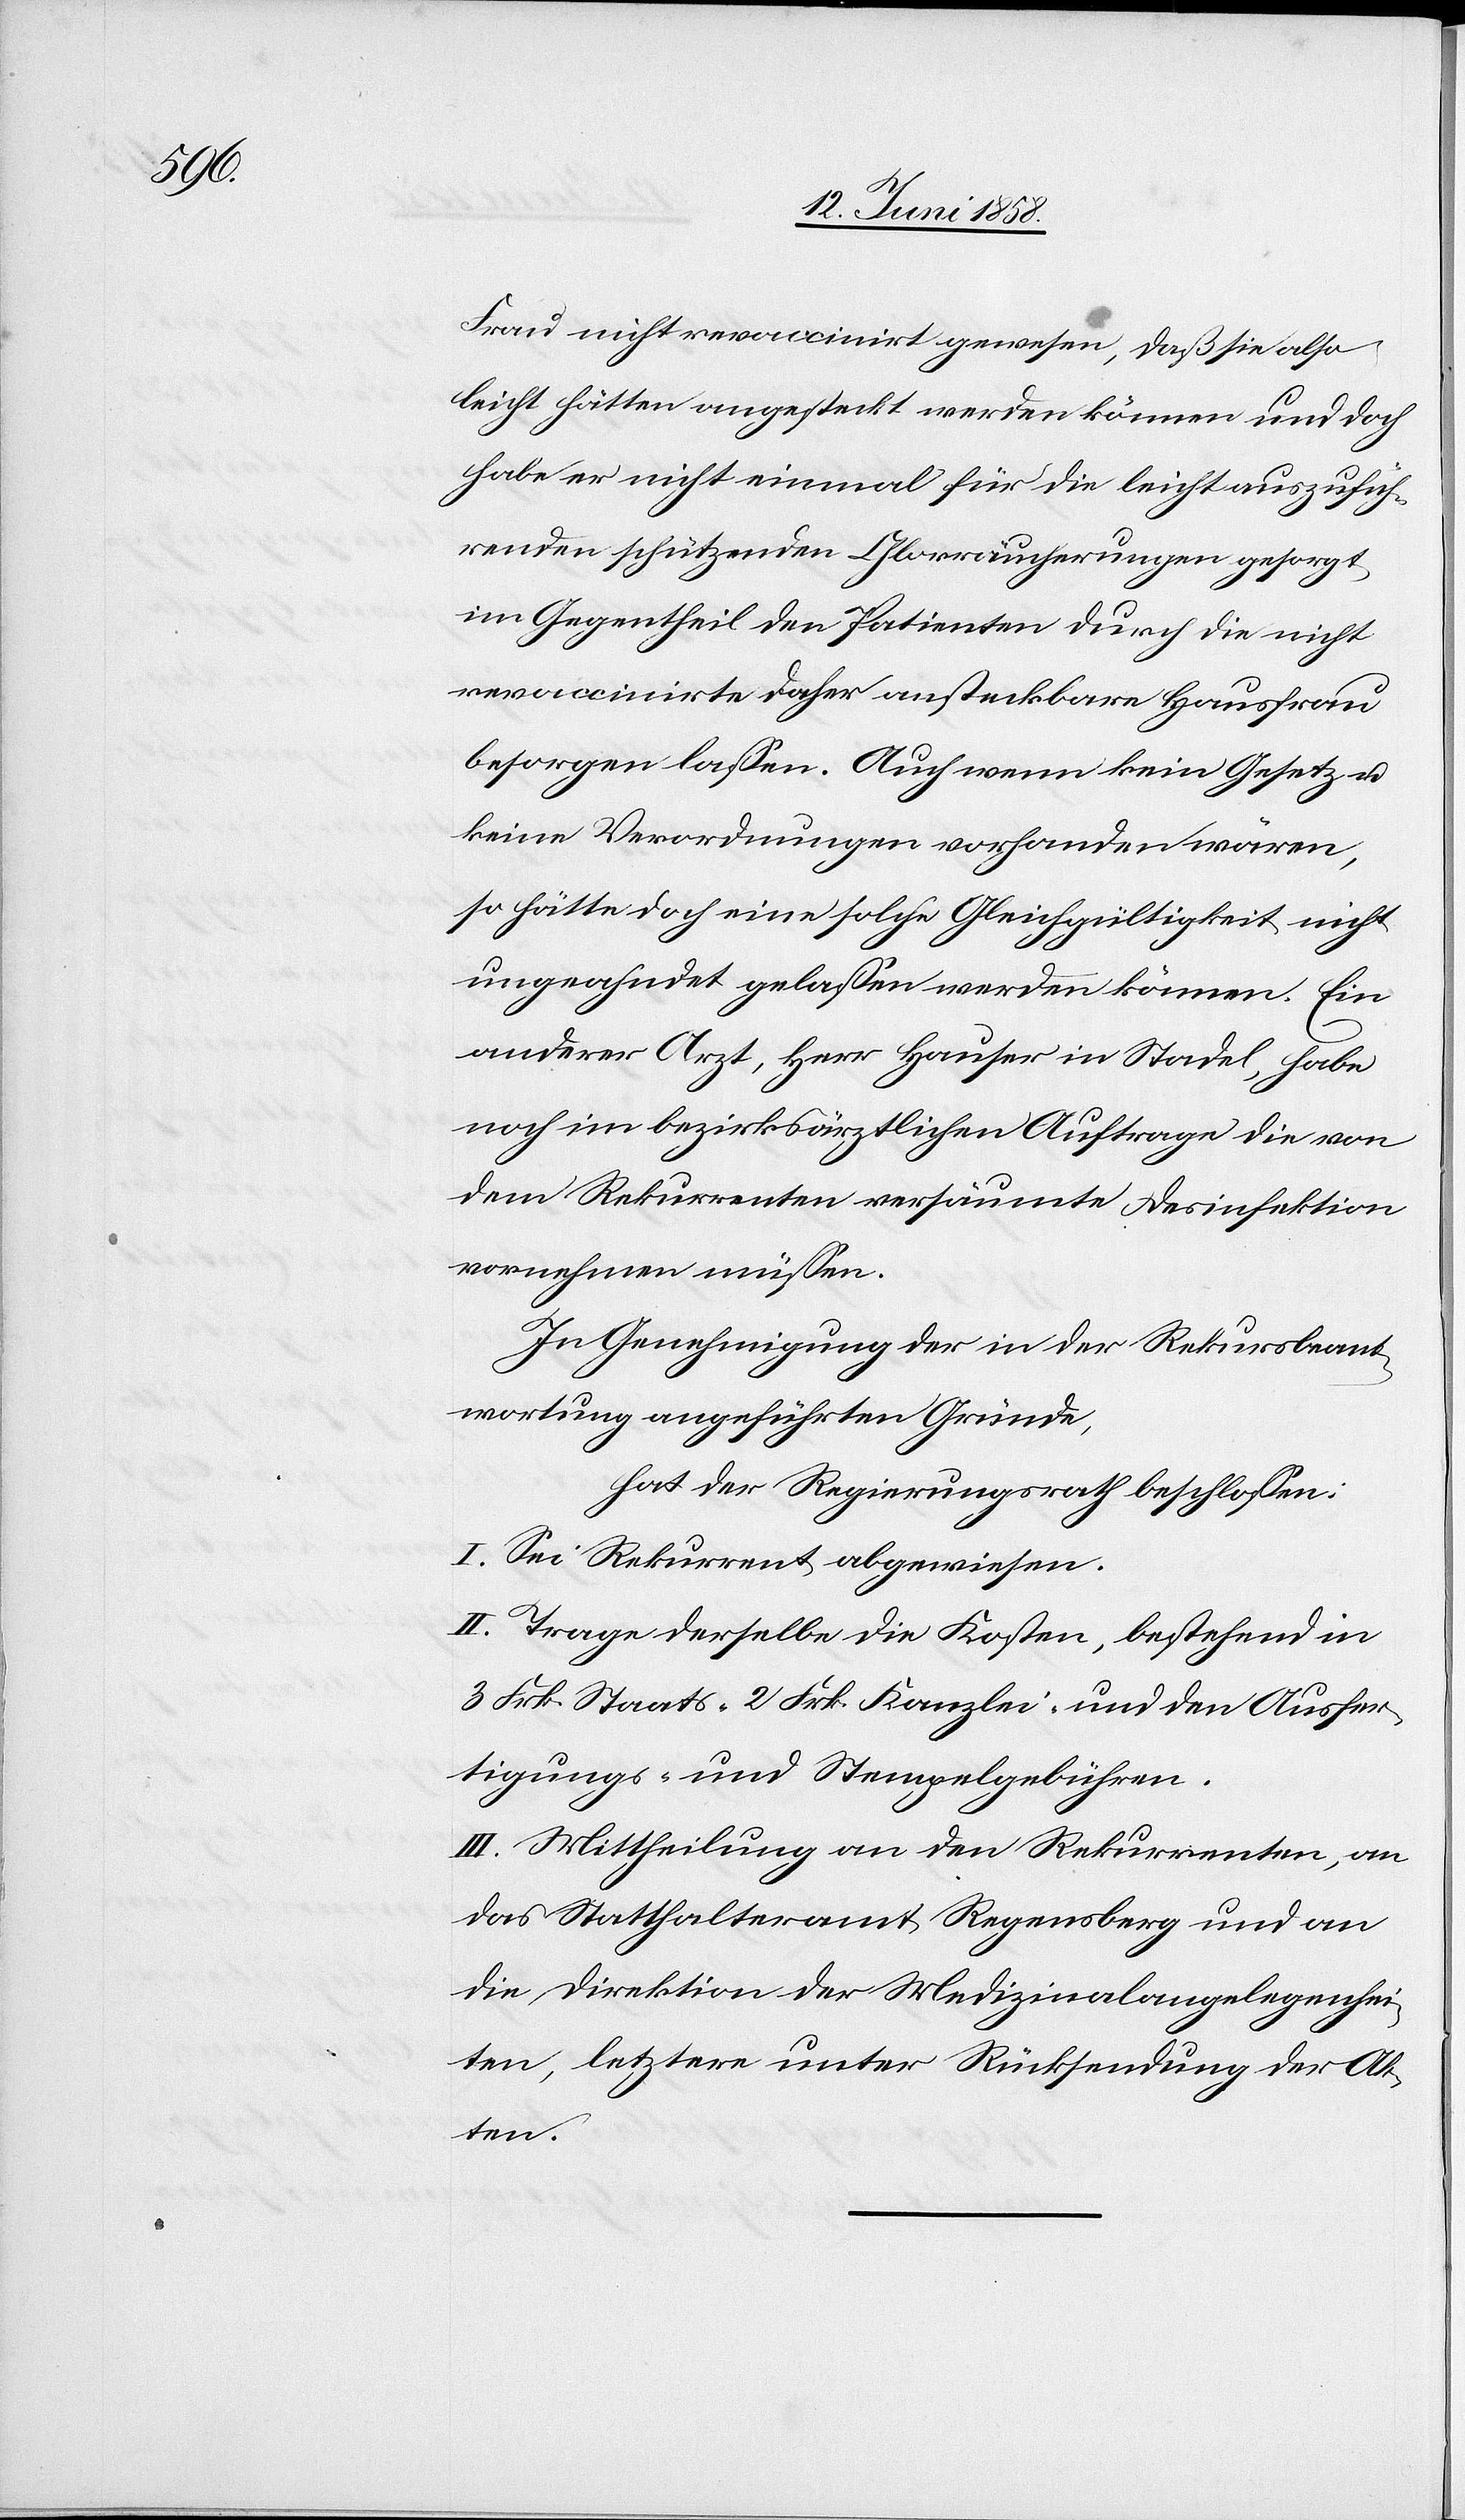
Frau nicht revaccinirt gewesen, daß sie also
leicht hätten angesteckt werden können und doch
habe er nicht einmal für die leicht auszufüh¬
renden schützenden Chlorräucherungen gesorgt,
im Gegentheil den Patienten durch die nicht
revaccinirte daher ansteckbare Hausfrau
besorgen lassen. Auch wenn kein Gesetz u.
keine Verordnungen vorhanden wären,
so hätte doch eine solche Gleichgültigkeit nicht
ungeahndet gelassen werden können. Ein
anderer Arzt, Herr Hauser in Stadel, habe
noch im bezirksärztlichen Auftrage die von
dem Rekurrenten versäumte Desinfektion
vornehmen müssen.
In Genehmigung der in der Rekursbeant¬
wortung angeführten Gründe,
hat der Regierungsrath beschlossen:
I. Sei Rekurrent abgewiesen.
II. Trage derselbe die Kosten, bestehend in
3 Frk. Staats-[,] 2 Frk. Kanzlei- und den Ausfer¬
tigungs- und Stempelgebühren.
III. Mittheilung an den Rekurrenten, an
das Statthalteramt Regensberg und an
die Direktion der Medizinalangelegenhei¬
ten, letztere unter Rücksendung der Ak¬
ten.